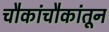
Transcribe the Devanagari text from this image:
चौकांचौकांतून